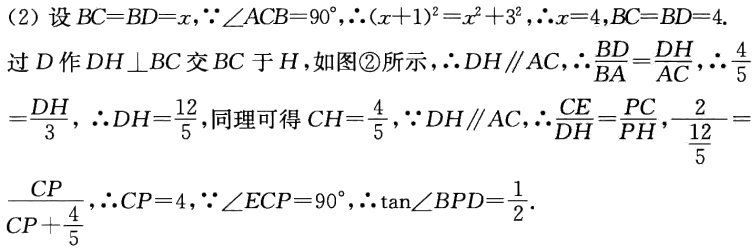
(2) 设 \(BC = BD=x\)，\(\because\angle ACB = 90^{\circ}\)，\(\therefore(x + 1)^{2}=x^{2}+3^{2}\)，\(\therefore x = 4\)，\(BC = BD = 4\).

过 \(D\) 作 \(DH\perp BC\) 交 \(BC\) 于 \(H\)，如图\textcircled{2}所示，\(\therefore DH\parallel AC\)，\(\therefore\frac{BD}{BA}=\frac{DH}{AC}\)，\(\therefore\frac{4}{5}=\frac{DH}{3}\)，\(\therefore DH=\frac{12}{5}\)，同理可得 \(CH=\frac{4}{5}\)，\(\because DH\parallel AC\)，\(\therefore\frac{CE}{DH}=\frac{PC}{PH}\)，\(\frac{2}{\frac{12}{5}}=\frac{CP}{CP+\frac{4}{5}}\)，\(\therefore CP = 4\)，\(\because\angle ECP = 90^{\circ}\)，\(\therefore\tan\angle BPD=\frac{1}{2}\).